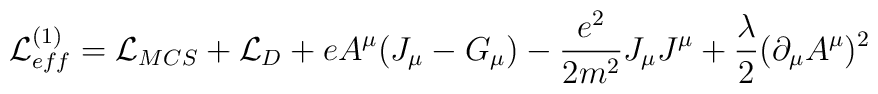
{\cal L}^{(1)}_{eff}={\cal L}_{MCS} +{\cal L}_D +e A^\mu(J_\mu-G_\mu)-\frac{e^2}{2 m^2}J_\mu J^\mu + \frac \lambda2 (\partial_\mu A^\mu)^2